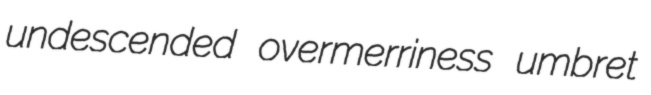
undescended overmerriness umbret